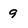
Character: 9